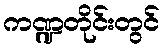
ကဏ္ဍတိုင်းတွင်